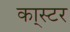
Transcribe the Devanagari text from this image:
का्स्‍टर